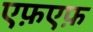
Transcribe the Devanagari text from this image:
एफ़एफ़